Lunatic asylums Bombay report 1891-1903 - 1891-1903
Year: 1891
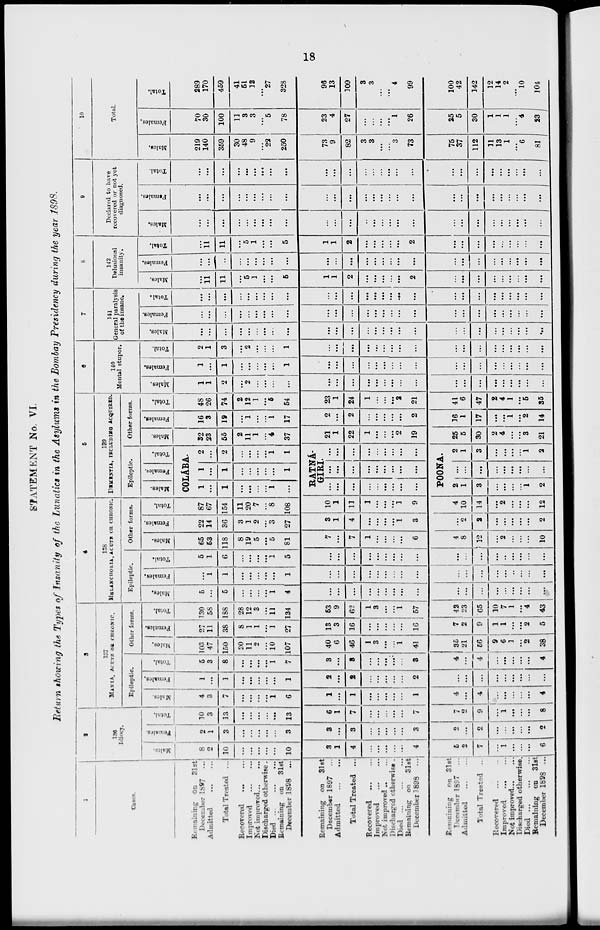
18
STATEMENT No. VI.
Return showing the Types of Insanity of the Lunatics in the Asylums in the Bombay Presidency during the year 1898.
1
Cases.
Remaining on
31st
December 1897
...
Admitted
...
...
Total Treated ...
Recovered ... ...
Improved
...
...
Not improved ... ...
Discharged otherwise.
Died
...
...
...
Remaining on
31st
December 1898
...
Remaining on
31st
December 1897 ...
Admitted
...
...
Total Treated ...
Recovered
...
...
Improved
...
...
Not improved ... ...
Discharged otherwise .
Died ... ... ...
Remaining on
31st
December 1898
...
Remaining on 31st
December 1897 ...
Admitted
...
...
Total Treated ...
Recovered
...
...
Improved
...
...
Not improved ... ...
Discharged otherwise .
Died ... ... ...
Remaining on 31st
December 1898 ...
2
136
Idiocy.
Males.
8
2
10
...
...
...
...
...
10
3
1
4
...
...
...
...
...
4
6
2
7
...
1
...
...
...
6
Females.
2
1
3
...
...
...
...
...
3
3
...
3
...
...
...
...
...
3
2
...
2
...
...
...
...
...
2
Total.
10
3
13
...
...
...
...
...
13
6
1
7
...
...
...
...
...
7
7
2
9
...
1
...
...
...
8
3
137
MANIA, ACUTE OR CHRONIC.
Epileptic.
Males.
4
3
7
...
...
...
...
1
6
1
...
1
...
...
...
...
...
1
4
...
4
...
...
...
...
...
4
Females,
1
...
1
...
...
...
...
...
1
2
...
2
...
...
...
...
...
2
...
...
...
...
...
...
...
...
...
Total.
6
3
8
...
...
...
...
1
7
3
...
3
...
...
...
...
...
8
4
...
4
...
...
...
...
...
4
Other forms.
Males,
103
47
150
20
11
2
...
10
107
40
6
46
1
3
...
...
1
41
35
21
56
9
6
1
...
2
38
Females.
27
11
38
8
1
1
...
1
27
13
3
16
...
...
...
...
...
16
7
2
9
1
1
...
...
2
5
Total.
130
58
188
28
12
3
...
11
134
5
9
62
1
3
...
...
1
5
42
23
65
10
7
1
...
4
43
4
138
MELANCHOLIA, ACUTE OR CHRONIC.
Epileptic.
Males.
5
...
5
...
...
...
...
1
4
...
...
...
...
...
...
...
...
...
...
...
...
...
...
...
...
...
...
Females.
...
1
1
...
...
...
...
...
1
...
...
...
...
...
...
...
...
...
...
...
...
...
...
...
...
...
...
Total.
5
1
6
...
...
...
...
1
5
...
...
...
...
...
...
...
...
...
...
...
...
...
...
...
...
...
...
Other forms.
Males.
65
53
118
8
19
5
...
5
81
7
...
7
1
...
...
...
...
6
4
8
12
...
2
...
...
...
10
Females.
22
14
36
3
1
2
...
3
27
3
1
4
...
...
...
...
1
3
...
2
2
...
...
...
...
...
2
Total.
87
67
154
11
20
7
...
8
108
10
1
11
1
...
...
...
1
9
4
10
14
...
2
...
...
...
12
5
139
DEMENTIA, INCLUDING ACQUIRED.
Epileptic.
Males.
Female.
Total.
COLÁBA.
1
...
1
...
...
...
...
1
...
1
...
1
...
...
...
...
...
1
2
...
2
...
...
...
...
1
1
RATNÁGIRI.
...
...
...
...
...
...
...
...
...
...
...
...
...
...
...
...
...
...
...
...
...
...
...
...
...
...
...
POONA.
2
1
3
...
...
...
...
1
2
...
...
...
...
...
...
...
...
...
2
1
3
...
...
...
...
1
2
Other forms.
Males.
32
23
55
2
11
1
...
4
37
21
1
22
1
...
...
...
2
19
25
5
30
2
4
...
...
3
21
Females.
16
3
19
...
1
...
...
1
17
2
...
2
...
...
...
...
...
2
16
1
17
...
...
1
...
2
14
Total.
48
26
74
2
12
1
...
6
64
23
1
24
1
...
...
...
2
21
41
6
47
2
4
1
...
5
35
6
140
Mental stupor.
Males.
1
1
2
...
2
...
...
...
...
...
...
...
...
...
...
...
...
...
...
...
...
...
...
...
...
...
...
Females.
1
...
1
...
...
...
...
...
1
...
...
...
...
...
...
...
...
...
...
...
...
...
...
...
...
...
...
Total.
2
1
3
...
2
...
...
...
1
...
...
...
...
...
...
...
...
...
...
...
...
...
...
...
...
...
...
7
141
General paralysis
of the insane.
Males.
...
...
...
...
...
...
...
...
...
...
...
...
...
...
...
...
...
...
...
...
...
...
...
...
...
...
...
Females.
...
...
...
...
...
...
...
...
...
...
...
...
...
...
...
...
...
...
...
...
...
...
...
...
...
...
...
Total.
...
...
...
...
...
...
...
...
...
...
...
...
...
...
...
...
...
...
...
...
...
...
...
...
...
...
...
8
142
Delusional
insanity.
Males.
...
11
11
...
5
1
...
...
6
1
1
2
...
...
...
...
...
2
...
...
...
...
...
...
...
...
...
Females.
...
...
...
...
...
...
...
...
...
...
...
...
...
...
...
...
...
...
...
...
...
...
...
...
...
...
...
Total.
...
11
11
...
5
1
...
...
5
1
1
2
...
...
...
...
...
2
...
...
...
...
...
...
...
...
...
9
Declared to have
recovered or not yet
diagnosed.
Males.
...
...
...
...
...
...
...
...
...
...
...
...
...
...
...
...
...
...
...
...
...
...
...
...
...
...
...
Females.
...
...
...
...
...
...
...
...
...
...
...
...
...
...
...
...
...
...
...
...
...
...
...
...
...
...
...
Total.
...
...
...
...
...
...
...
...
...
...
...
...
...
...
...
...
...
...
...
...
...
...
...
...
...
...
...
10
Total.
Males.
219
140
359
30
48
9
...
22
250
73
9
82
3
3
...
...
3
73
75
37
112
11
13
1
...
6
81
Females.
70
30
100
11
3
3
...
5
78
23
4
27
...
...
...
...
1
26
25
5
30
1
1
1
...
4
23
Total.
289
170
459
41
51
12
...
27
328
96
13
109
3
3
...
...
4
99
100
42
142
12
14
2
...
10
104